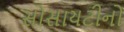
સોસાયટીનો